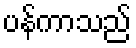
ပန်ကာသည်